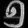
Digit: ၅